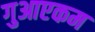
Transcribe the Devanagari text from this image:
गुआएकम